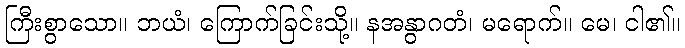
ကြီးစွာသော။ ဘယံ၊ ကြောက်ခြင်းသို့။ နအနွာဂတံ၊ မရောက်။ မေ၊ ငါ၏။